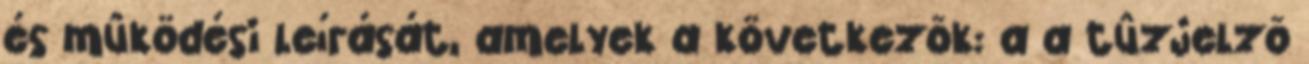
és mûködési leírását, amelyek a következõk: a a tûzjelzõ